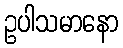
ဥပါသမာနော